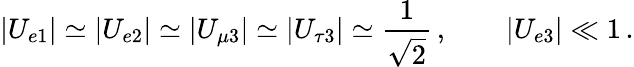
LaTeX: |U_{e1}|\simeq|U_{e2}|\simeq|U_{\mu 3}|\simeq|U_{\tau 3}|\simeq\frac{1}{\sqrt{2}}\, ,\qquad|U_{e3}|\ll 1\, .